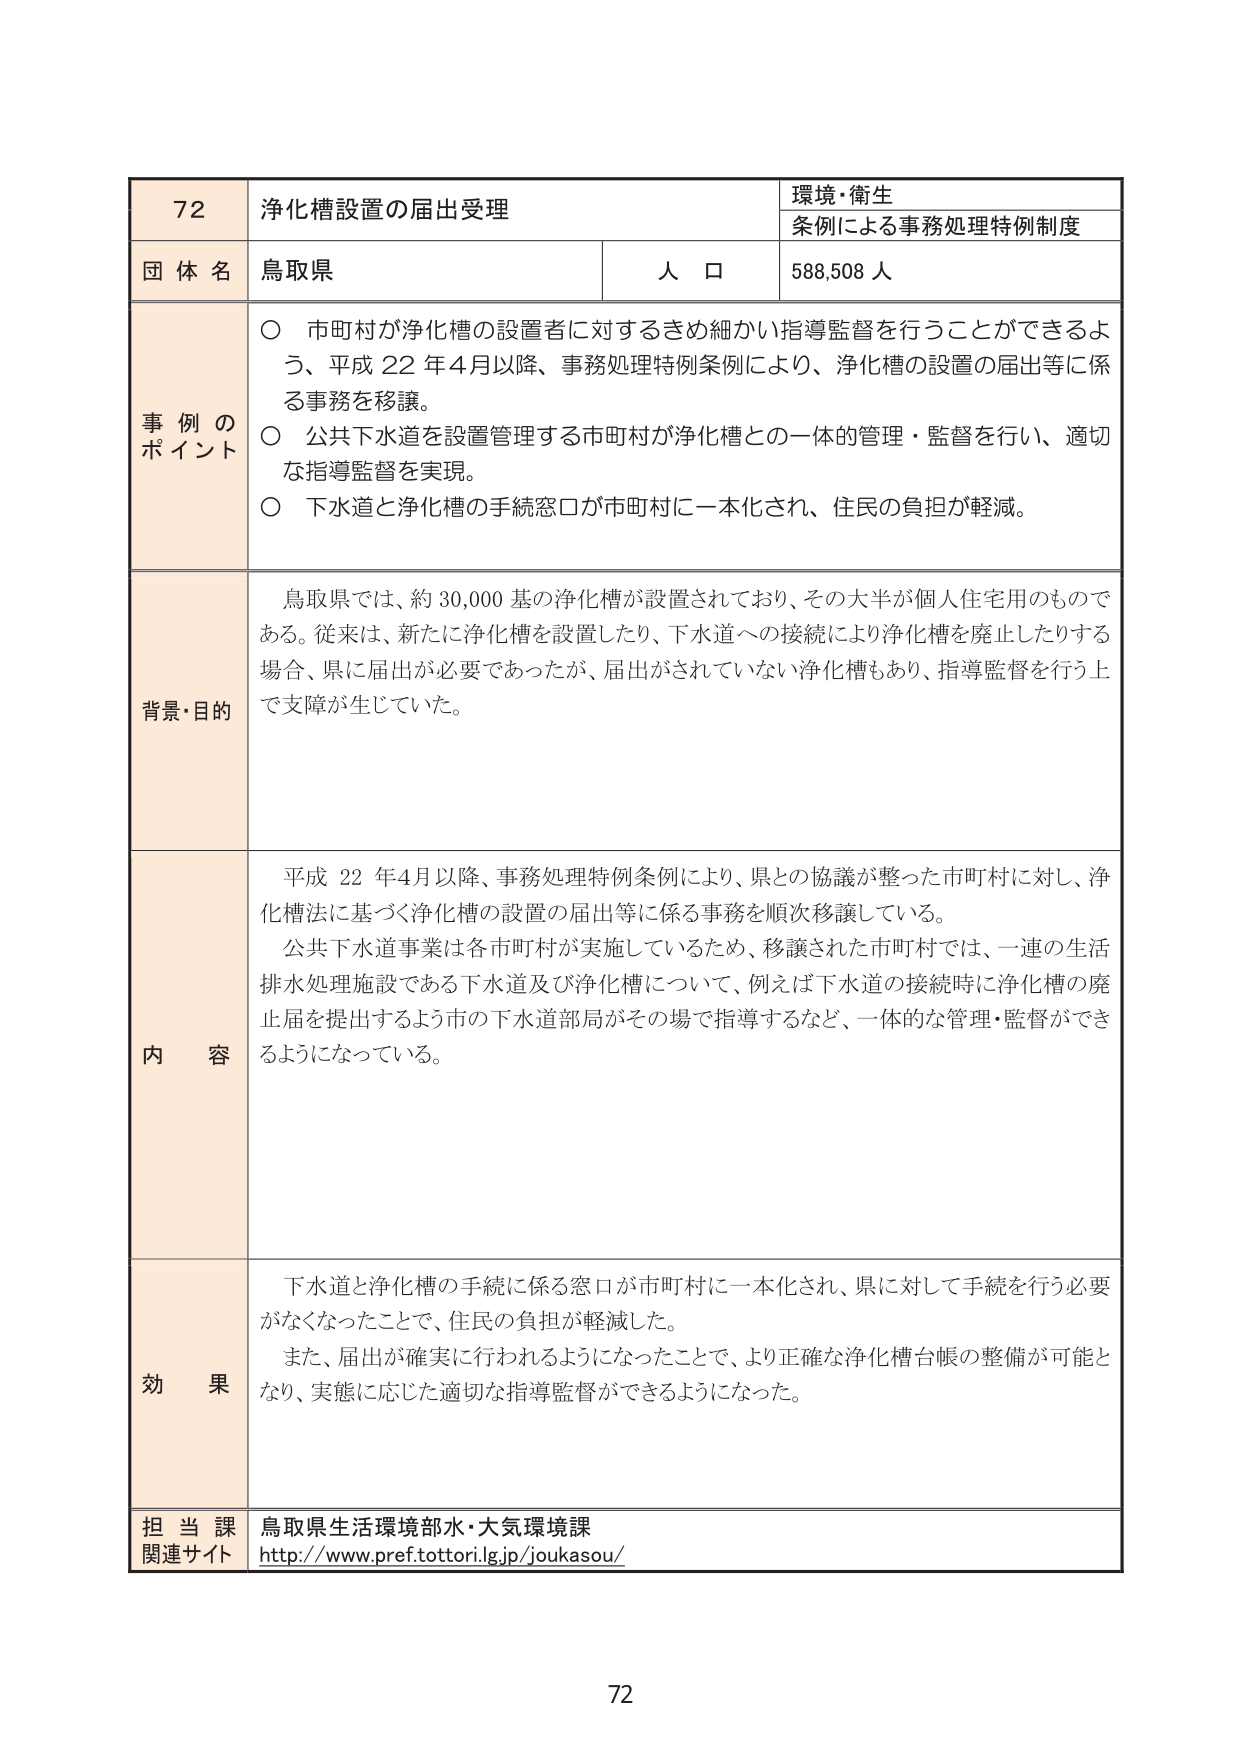
72
浄化槽設置の届出受理
環境・衛生
条例による事務処理特例制度
団体名
鳥取県
人口
588,508人
事例の
ポイント
〇 市町村が浄化槽の設置者に対するきめ細かい指導監督を行うことができるよう、平成22年4月以降、事務処理特例条例により、浄化槽の設置の届出等に係る事務を移譲。
〇 公共下水道を設置管理する市町村が浄化槽との一体的管理・監督を行い、適切な指導監督を実現。
〇 下水道と浄化槽の手続窓口が市町村に一本化され、住民の負担が軽減。
背景・目的
鳥取県では、約30,000基の浄化槽が設置されており、その大半が個人住宅用のものである。従来は、新たに浄化槽を設置したり、下水道への接続により浄化槽を廃止したりする場合、県に届出が必要であったが、届出がされていない浄化槽もあり、指導監督を行う上で支障が生じていた。
内容
平成22年4月以降、事務処理特例条例により、県との協議が整った市町村に対し、浄化槽法に基づく浄化槽の設置の届出等に係る事務を順次移譲している。
公共下水道事業は各市町村が実施しているため、移譲された市町村では、一連の生活排水処理施設である下水道及び浄化槽について、例えば下水道の接続時に浄化槽の廃止届を提出するよう市の下水道部局がその場で指導するなど、一体的な管理・監督ができるようになっている。
効果
下水道と浄化槽の手続に係る窓口が市町村に一本化され、県に対して手続を行う必要がなくなったことで、住民の負担が軽減した。
また、届出が確実に行われるようになったことで、より正確な浄化槽台帳の整備が可能となり、実態に応じた適切な指導監督ができるようになった。
担当課
鳥取県生活環境部水・大気環境課
関連サイト
http://www.pref.tottori.lg.jp/joukasou/
72